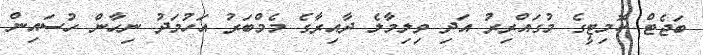
ބަޖެޓް ކޮމިޓީގެ މުގައްރިރު އަދި ވިލިމާލެ ދާއިރާގެ މެމްބަރު އަހުމަދު ނިހާން ހުސައިން